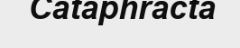
Cataphracta